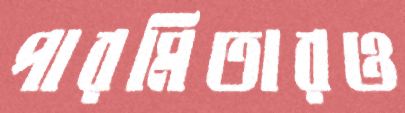
পারমিতারও